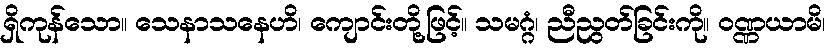
ရှိကုန်သော။ သေနာသနေဟိ၊ ကျောင်းတို့ဖြင့်။ သမဂ္ဂံ၊ ညီညွတ်ခြင်းကို။ ဝဏ္ဏယာမိ၊